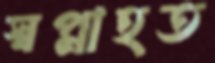
স্বপ্নাহত